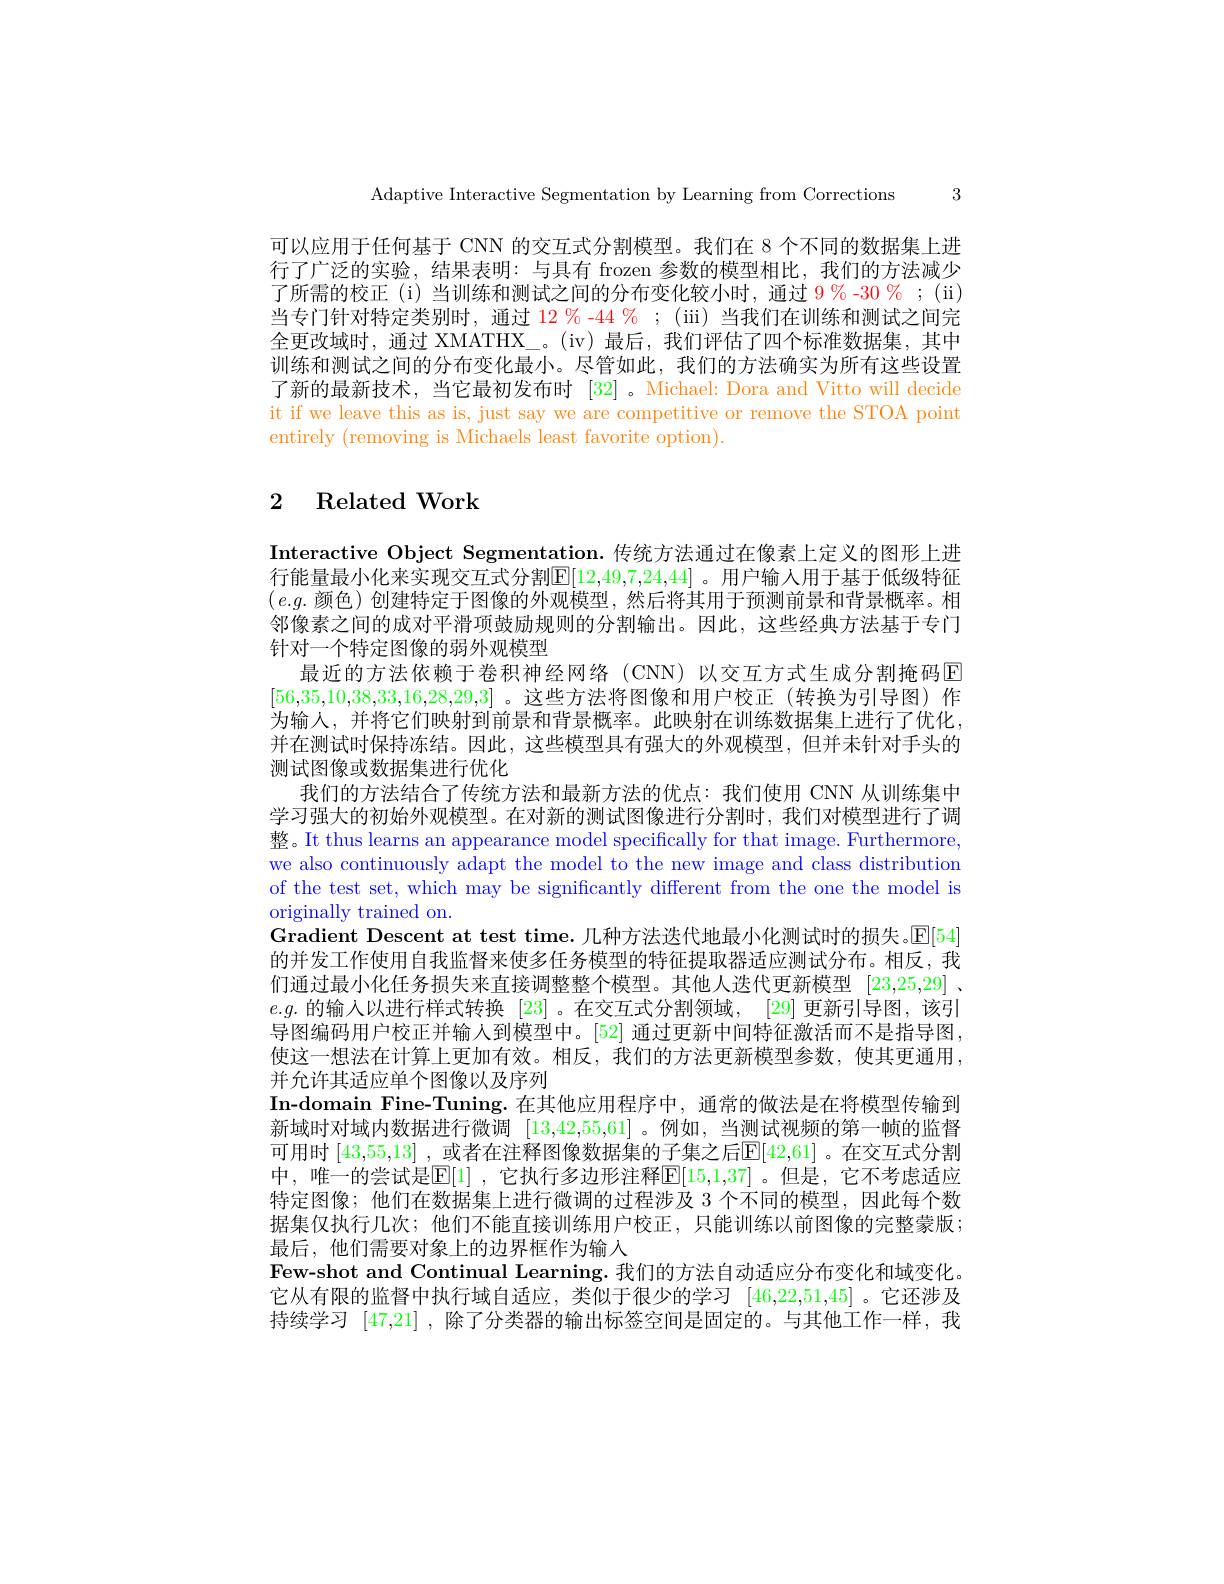
Adaptive Interactive Segmentation by Learning from Corrections 3

可以应用于任何基于 CNN 的交互式分割模型。我们在 8 个不同的数据集上进行了广泛的实验，结果表明：与具有 frozen 参数的模型相比，我们的方法减少了所需的校正(i)当训练和测试之间的分布变化较小时，通过 9%-30%;(ii) 当专门针对特定类别时，通过 12 % -44 % ; (ii) 当我们在训练和测试之间完全更改域时，通过 XMATHX\_。(iv)最后，我们评估了四个标准数据集，其中训练和测试之间的分布变化最小。尽管如此，我们的方法确实为所有这些设置了新的最新技术，当它最初发布时[32] 。Michael: Dora and Vitto will decide it if we leave this as is, just say we are competitive or remove the STOA point entirely (removing is Michaels least favorite option).

# 2 Related Work

Interactive Object Segmentation. 传统方法通过在像素上定义的图形上进行能量最小化来实现交互式分割$\mathbb{E}[12,49,7,24,44]$ 。用户输入用于基于低级特征$(e.g.$颜色)创建特定于图像的外观模型，然后将其用于预测前景和背景概率。相邻像素之间的成对平滑项鼓励规则的分割输出。因此，这些经典方法基于专门针对一个特定图像的弱外观模型
最近的方法依赖于卷积神经网络(CNN)以交互方式生成分割掩码$\color{red}{\mathrm{E}}$ [56,35,10,38,33,16,28,29,3] 。这些方法将图像和用户校正 (转换为引导图)作为输人，并将它们映射到前景和背景概率。此映射在训练数据集上进行了优化， 并在测试时保持冻结。因此，这些模型具有强大的外观模型，但并未针对手头的测试图像或数据集进行优化
我们的方法结合了传统方法和最新方法的优点：我们使用 CNN 从训练集中学习强大的初始外观模型。在对新的测试图像进行分割时，我们对模型进行了调整。It thus learns an appearance model specifically for that image. Furthermore, we also continuously adapt the model to the new image and class distribution of the test set, which may be significantly different from the one the model is originally trained on.
Gradient Descent at test time. 几种方法迭代地最小化测试时的损失。$\mathbb{E}[54]$ 的并发工作使用自我监督来使多任务模型的特征提取器适应测试分布。相反，我们通过最小化任务损失来直接调整整个模型。其他人迭代更新模型[23,25,29] 、 $e.g.$的输入以进行样式转换 [23] 。在交互式分割领域，[29] 更新引导图，该引导图编码用户校正并输人到模型中。[52] 通过更新中间特征激活而不是指导图， 使这一想法在计算上更加有效。相反，我们的方法更新模型参数，使其更通用， 并允许其适应单个图像以及序列
In-domain Fine-Tuning.在其他应用程序中，通常的做法是在将模型传输到新域时对域内数据进行微调[13,42,55,61] 。例如，当测试视频的第一帧的监督可用时 |43,55,13] , 或者在注释图像数据集的子集之后$\boxed{\mathrm{E}}[42,61]$ 。在交互式分割中，唯一的尝试是$\mathbb{E}[1]$ ,它执行多边形注释$\mathbb{E}[15,1,37]$ 。但是，它不考虑适应特定图像；他们在数据集上进行微调的过程涉及 3 个不同的模型，因此每个数据集仅执行几次；他们不能直接训练用户校正，只能训练以前图像的完整蒙版； 最后，他们需要对象上的边界框作为输入
Few-shot and Continual Learning. 我们的方法自动适应分布变化和域变化。它从有限的监督中执行域自适应，类似于很少的学习[46,22,51,45] 。它还涉及持续学习[47,21] , 除了分类器的输出标签空间是固定的。与其他工作一样，我